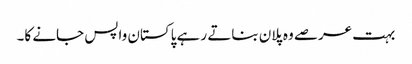
بہت عرصے وہ پلان بناتے رہے پاکستان واپس جانے کا۔